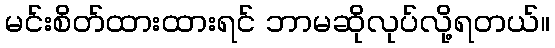
မင်းစိတ်ထားထားရင် ဘာမဆိုလုပ်လို့ရတယ်။